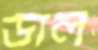
ডাল